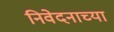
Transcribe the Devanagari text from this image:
निवेदनाच्या